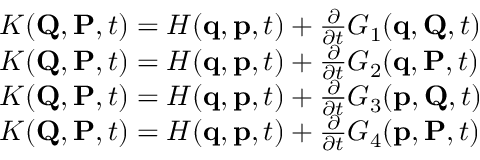
{ \begin{array} { r l } & { K ( \mathbf { Q } , \mathbf { P } , t ) = H ( \mathbf { q } , \mathbf { p } , t ) + { \frac { \partial } { \partial t } } G _ { 1 } ( \mathbf { q } , \mathbf { Q } , t ) } \\ & { K ( \mathbf { Q } , \mathbf { P } , t ) = H ( \mathbf { q } , \mathbf { p } , t ) + { \frac { \partial } { \partial t } } G _ { 2 } ( \mathbf { q } , \mathbf { P } , t ) } \\ & { K ( \mathbf { Q } , \mathbf { P } , t ) = H ( \mathbf { q } , \mathbf { p } , t ) + { \frac { \partial } { \partial t } } G _ { 3 } ( \mathbf { p } , \mathbf { Q } , t ) } \\ & { K ( \mathbf { Q } , \mathbf { P } , t ) = H ( \mathbf { q } , \mathbf { p } , t ) + { \frac { \partial } { \partial t } } G _ { 4 } ( \mathbf { p } , \mathbf { P } , t ) } \end{array} }